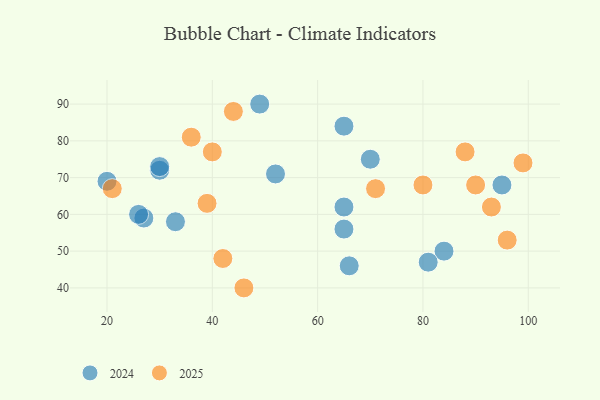
{"axis": {"x": "GDP", "y": "Life Expectancy"}, "legend": ["2024", "2025"], "data": [{"x": "84", "y": 50, "type": "2024"}, {"x": "30", "y": 72, "type": "2024"}, {"x": "49", "y": 90, "type": "2024"}, {"x": "81", "y": 47, "type": "2024"}, {"x": "27", "y": 59, "type": "2024"}, {"x": "66", "y": 46, "type": "2024"}, {"x": "30", "y": 73, "type": "2024"}, {"x": "20", "y": 69, "type": "2024"}, {"x": "52", "y": 71, "type": "2024"}, {"x": "33", "y": 58, "type": "2024"}, {"x": "65", "y": 62, "type": "2024"}, {"x": "95", "y": 68, "type": "2024"}, {"x": "26", "y": 60, "type": "2024"}, {"x": "65", "y": 56, "type": "2024"}, {"x": "70", "y": 75, "type": "2024"}, {"x": "65", "y": 84, "type": "2024"}, {"x": "40", "y": 77, "type": "2025"}, {"x": "44", "y": 88, "type": "2025"}, {"x": "46", "y": 40, "type": "2025"}, {"x": "39", "y": 63, "type": "2025"}, {"x": "71", "y": 67, "type": "2025"}, {"x": "80", "y": 68, "type": "2025"}, {"x": "42", "y": 48, "type": "2025"}, {"x": "88", "y": 77, "type": "2025"}, {"x": "93", "y": 62, "type": "2025"}, {"x": "90", "y": 68, "type": "2025"}, {"x": "36", "y": 81, "type": "2025"}, {"x": "96", "y": 53, "type": "2025"}, {"x": "99", "y": 74, "type": "2025"}, {"x": "21", "y": 67, "type": "2025"}]}